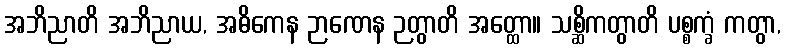
အဘိညာတိ အဘိညာယ, အဓိကေန ဉာဏေန ဉတွာတိ အတ္ထော။ သစ္ဆိကတွာတိ ပစ္စက္ခံ ကတွာ,